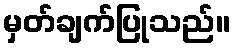
မှတ်ချက်ပြုသည်။